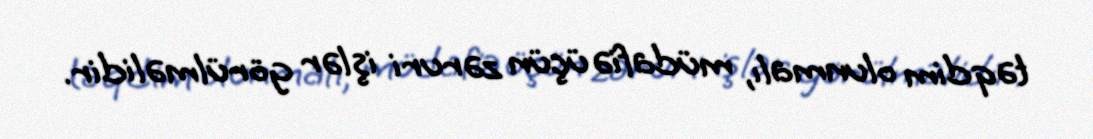
təqdim olunmalı, müdafiə üçün zəruri işlər görülməlidir.